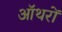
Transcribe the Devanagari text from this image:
ऑथरों